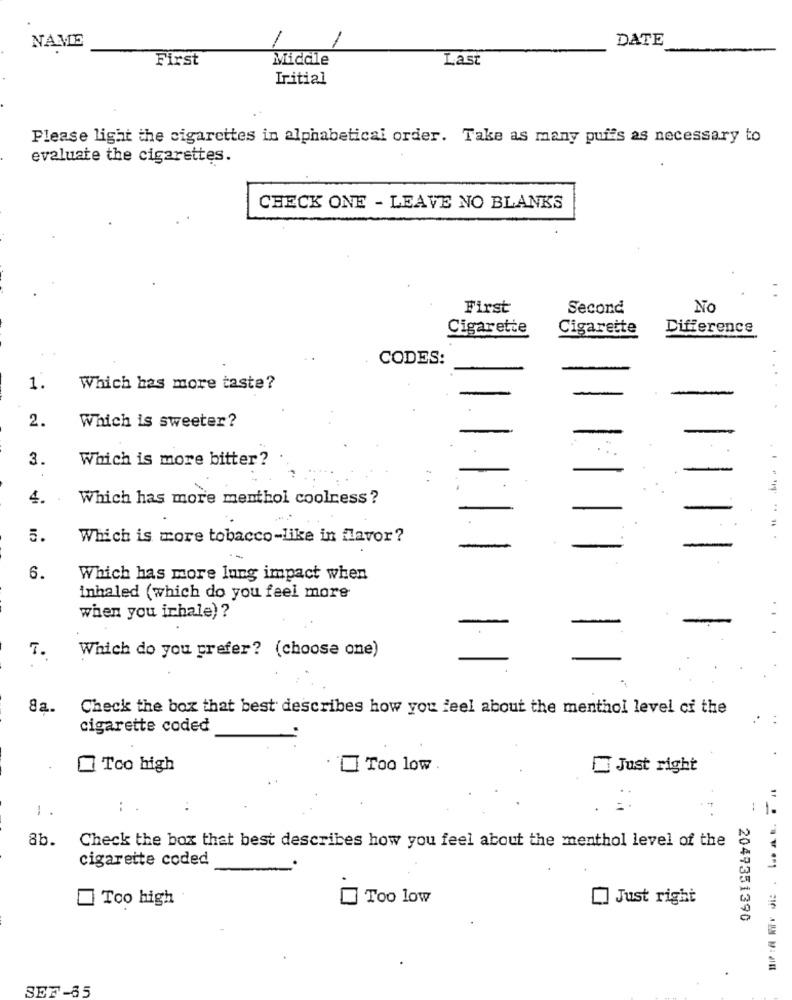
-
DATE
NAME
First
Middle
Last
Initial
Please light the cigarettes in alphabetical order. Take as many puffs as necessary to
evaluate the cigarettes.
CHECK ONE - LEAVE NO BLANKS
First
Second
No
Cigarette
Cigarette
Difference
CODES:
1.
Which has more taste?
2.
Which is sweeter?
-
-
-
..
3.
Which is more bitter?
.
4.
Which has more menthol coolness?
5.
Which is more tobacco-like in flavor?
-
-
-
6.
Which has more lung impact when
inhaled (which do you feel more
when you irhale) ?
-
-
T.
Which do you prefer? (choose one)
8a.
Check the box that best describes how you feel about the menthol level of the
cigarette coded
Tco high
Too low.
Just right
1.
:
8b.
Check the box that best describes how you feel about the menthol level of the
cigarette coded
Too low
[] Just right
Too high
2049351390
SEF-65